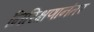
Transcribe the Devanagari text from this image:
निरिक्षणानंतर